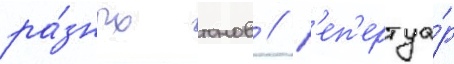
ра́зных тонов // Р'еп'ертуа́р